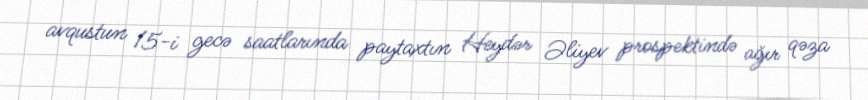
avqustun 15-i gecə saatlarında paytaxtın Heydər Əliyev prospektində ağır qəza